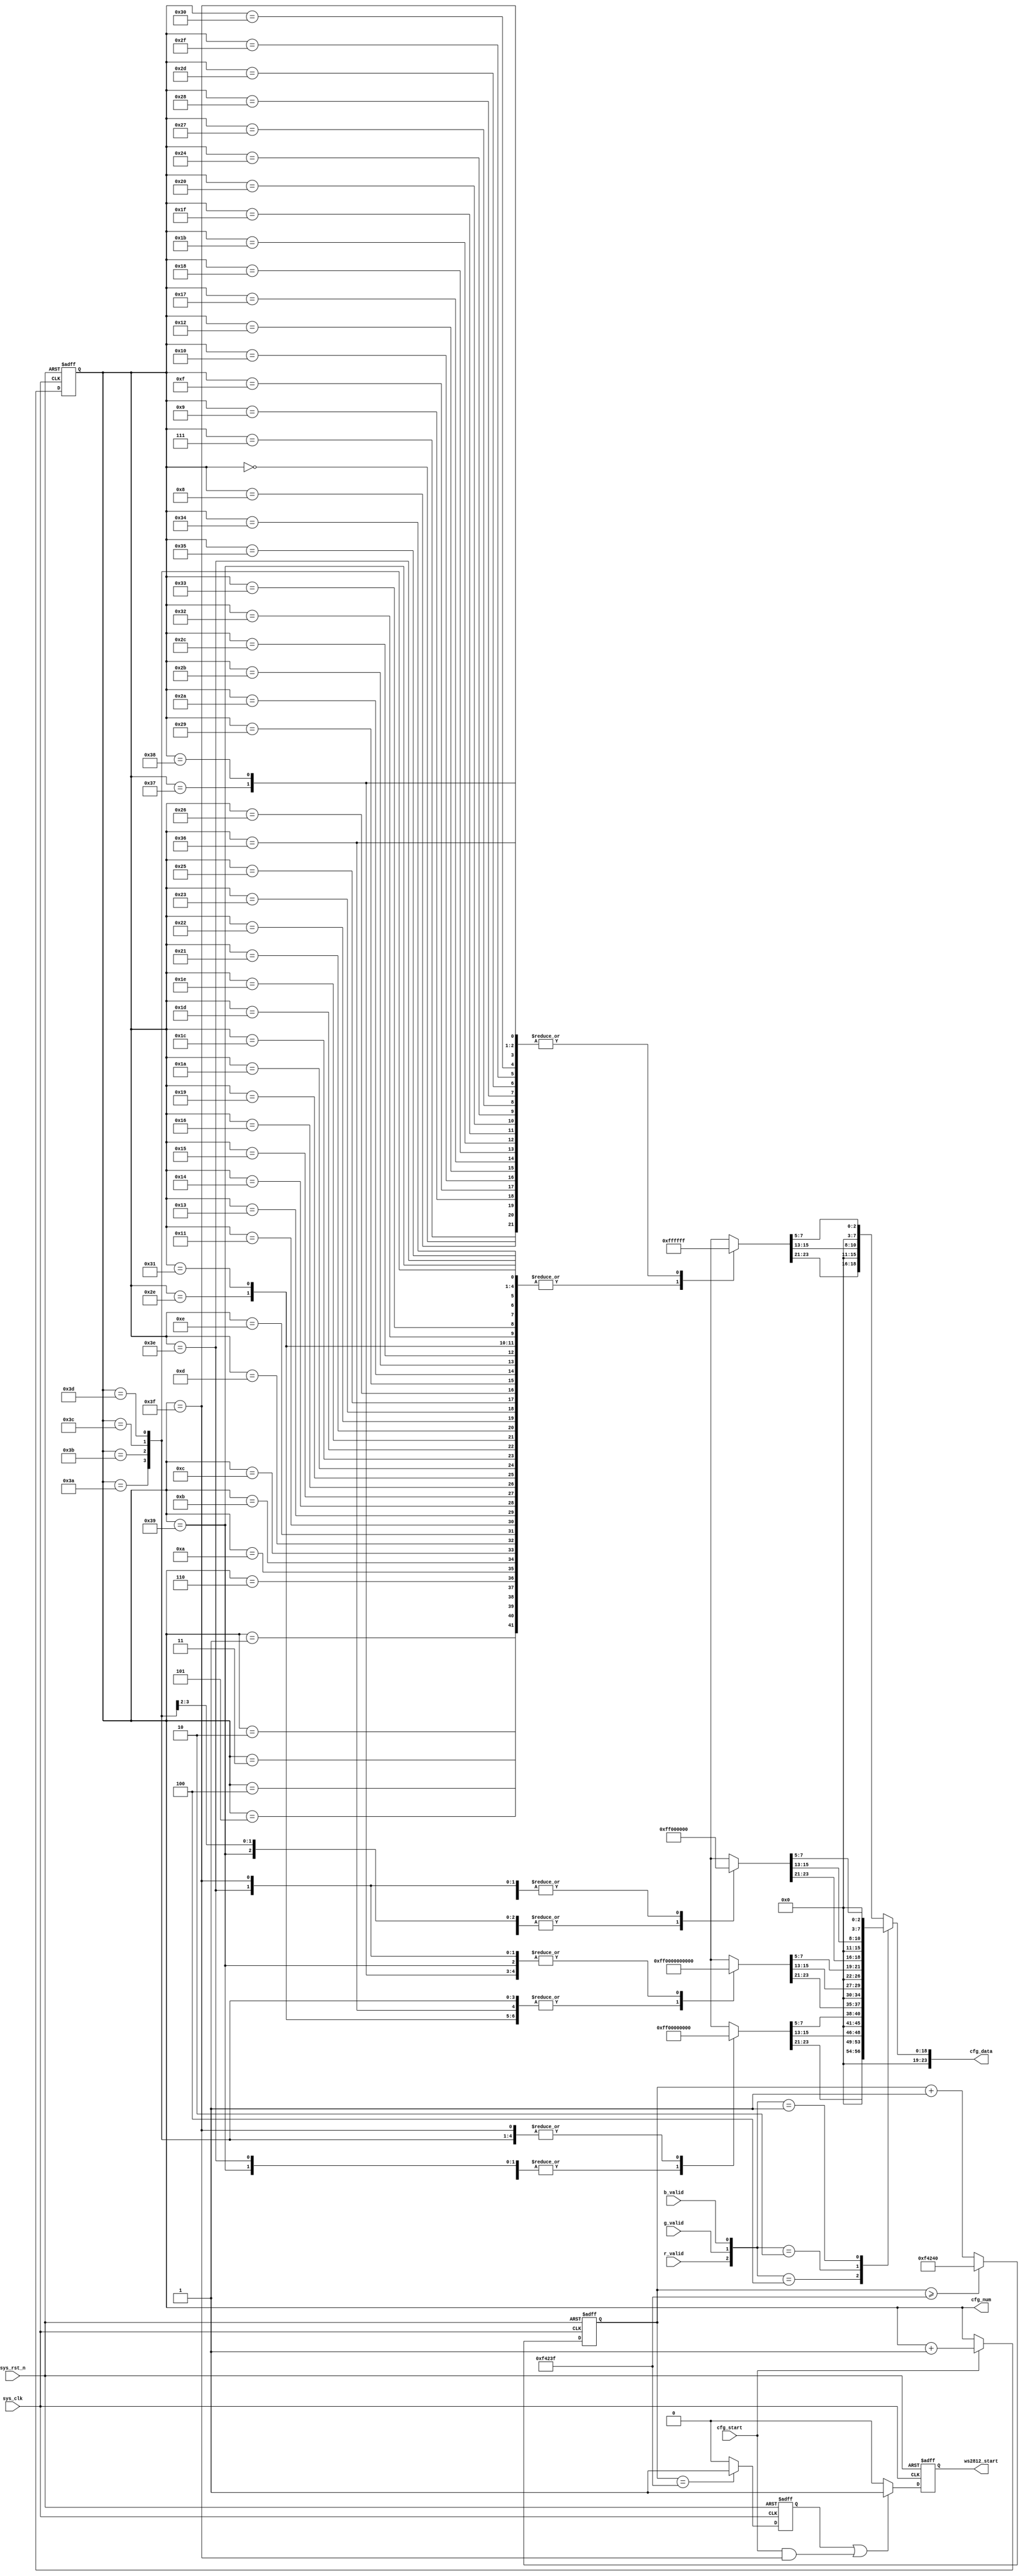
module  ws2812_cfg_ctrl
(
	input	wire			sys_clk			,
	input	wire			sys_rst_n		,
	input	wire			cfg_start		,	//
	input	wire			r_valid			,	//
	input	wire			g_valid			,	//
	input	wire			b_valid			,	//
	
	output	reg				ws2812_start	,	//
	output	reg		[5:0]	cfg_num			,	//8x864-1
	output	reg		[23:0]	cfg_data			//
);

localparam	CNT_WAIT_MAX  =  20'd1_000_000  ;	//20ms

wire	[23:0]	data_none[63:0]	;	//N
wire	[23:0]	data_r[63:0]	;	//R
wire	[23:0]	data_g[63:0]	;	//G
wire	[23:0]	data_b[63:0]	;	//B
reg		[19:0]	cnt_wait  ;			//20ms
reg				start_en  ;			//

always@(posedge sys_clk or negedge sys_rst_n)
	if(sys_rst_n == 1'b0)
		cnt_wait  <=  20'd0  ;
	else  if(cnt_wait >= CNT_WAIT_MAX - 1'b1)
		cnt_wait  <=  CNT_WAIT_MAX  ;
	else
		cnt_wait  <=  cnt_wait + 1'b1  ;
		
always@(posedge sys_clk or negedge sys_rst_n)
	if(sys_rst_n == 1'b0)
		start_en  <=  1'b0  ;
	else  if(cnt_wait == CNT_WAIT_MAX - 1'b1)
		start_en  <=  1'b1  ;
	else
		start_en  <=  1'b0  ;
		
always@(posedge sys_clk or negedge sys_rst_n)
	if(sys_rst_n == 1'b0)
		ws2812_start  <=  1'b0  ;
	else  if((start_en == 1'b1)||((cfg_start == 1'b1)&&(cfg_num == 6'd63)))
		ws2812_start  <=  1'b1  ;
	else
		ws2812_start  <=  1'b0  ;
		
always@(posedge sys_clk or negedge sys_rst_n)
	if(sys_rst_n == 1'b0)
		cfg_num  <=  6'd0  ;
	else  if(cfg_start == 1'b1)
		cfg_num  <=  cfg_num + 1'b1  ;
	else
		cfg_num  <=  cfg_num  ;

//
//r_validR
//g_valid"G"
//b_valid"B"
//"N"	
//RGB5
always@(*)
	case({r_valid,g_valid,b_valid})
		3'b100	:	cfg_data  =  {(data_r[cfg_num][23:16] >> 5),(data_r[cfg_num][15:8] >> 5),(data_r[cfg_num][7:0] >> 5)}  ;
		3'b010	:	cfg_data  =  {(data_g[cfg_num][23:16] >> 5),(data_g[cfg_num][15:8] >> 5),(data_g[cfg_num][7:0] >> 5)}  ;
		3'b001	:	cfg_data  =  {(data_b[cfg_num][23:16] >> 5),(data_b[cfg_num][15:8] >> 5),(data_b[cfg_num][7:0] >> 5)}  ;		
		default	:	cfg_data  =  {(data_none[cfg_num][23:16] >> 5),(data_none[cfg_num][15:8] >> 5),(data_none[cfg_num][7:0] >> 5)}  ;
	endcase
		
//N
assign  data_none[00]  =  {8'hff,8'hff,8'hff}  ;
assign  data_none[01]  =  {8'h00,8'h00,8'h00}  ;
assign  data_none[02]  =  {8'h00,8'h00,8'h00}  ;
assign  data_none[03]  =  {8'h00,8'h00,8'h00}  ;	
assign  data_none[04]  =  {8'h00,8'h00,8'h00}  ;
assign  data_none[05]  =  {8'h00,8'h00,8'h00}  ;
assign  data_none[06]  =  {8'h00,8'h00,8'h00}  ;
assign  data_none[07]  =  {8'hff,8'hff,8'hff}  ;	
assign  data_none[08]  =  {8'hff,8'hff,8'hff}  ;
assign  data_none[09]  =  {8'hff,8'hff,8'hff}  ;
assign  data_none[10]  =  {8'h00,8'h00,8'h00}  ;
assign  data_none[11]  =  {8'h00,8'h00,8'h00}  ;	
assign  data_none[12]  =  {8'h00,8'h00,8'h00}  ;
assign  data_none[13]  =  {8'h00,8'h00,8'h00}  ;
assign  data_none[14]  =  {8'h00,8'h00,8'h00}  ;
assign  data_none[15]  =  {8'hff,8'hff,8'hff}  ;
assign  data_none[16]  =  {8'hff,8'hff,8'hff}  ;
assign  data_none[17]  =  {8'h00,8'h00,8'h00}  ;
assign  data_none[18]  =  {8'hff,8'hff,8'hff}  ;
assign  data_none[19]  =  {8'h00,8'h00,8'h00}  ;	
assign  data_none[20]  =  {8'h00,8'h00,8'h00}  ;
assign  data_none[21]  =  {8'h00,8'h00,8'h00}  ;
assign  data_none[22]  =  {8'h00,8'h00,8'h00}  ;
assign  data_none[23]  =  {8'hff,8'hff,8'hff}  ;	
assign  data_none[24]  =  {8'hff,8'hff,8'hff}  ;
assign  data_none[25]  =  {8'h00,8'h00,8'h00}  ;
assign  data_none[26]  =  {8'h00,8'h00,8'h00}  ;
assign  data_none[27]  =  {8'hff,8'hff,8'hff}  ;	
assign  data_none[28]  =  {8'h00,8'h00,8'h00}  ;
assign  data_none[29]  =  {8'h00,8'h00,8'h00}  ;
assign  data_none[30]  =  {8'h00,8'h00,8'h00}  ;
assign  data_none[31]  =  {8'hff,8'hff,8'hff}  ;
assign  data_none[32]  =  {8'hff,8'hff,8'hff}  ;
assign  data_none[33]  =  {8'h00,8'h00,8'h00}  ;
assign  data_none[34]  =  {8'h00,8'h00,8'h00}  ;
assign  data_none[35]  =  {8'h00,8'h00,8'h00}  ;	
assign  data_none[36]  =  {8'hff,8'hff,8'hff}  ;
assign  data_none[37]  =  {8'h00,8'h00,8'h00}  ;
assign  data_none[38]  =  {8'h00,8'h00,8'h00}  ;
assign  data_none[39]  =  {8'hff,8'hff,8'hff}  ;	
assign  data_none[40]  =  {8'hff,8'hff,8'hff}  ;
assign  data_none[41]  =  {8'h00,8'h00,8'h00}  ;
assign  data_none[42]  =  {8'h00,8'h00,8'h00}  ;
assign  data_none[43]  =  {8'h00,8'h00,8'h00}  ;	
assign  data_none[44]  =  {8'h00,8'h00,8'h00}  ;
assign  data_none[45]  =  {8'hff,8'hff,8'hff}  ;
assign  data_none[46]  =  {8'h00,8'h00,8'h00}  ;
assign  data_none[47]  =  {8'hff,8'hff,8'hff}  ;
assign  data_none[48]  =  {8'hff,8'hff,8'hff}  ;
assign  data_none[49]  =  {8'h00,8'h00,8'h00}  ;
assign  data_none[50]  =  {8'h00,8'h00,8'h00}  ;
assign  data_none[51]  =  {8'h00,8'h00,8'h00}  ;	
assign  data_none[52]  =  {8'h00,8'h00,8'h00}  ;
assign  data_none[53]  =  {8'h00,8'h00,8'h00}  ;
assign  data_none[54]  =  {8'hff,8'hff,8'hff}  ;
assign  data_none[55]  =  {8'hff,8'hff,8'hff}  ;	
assign  data_none[56]  =  {8'hff,8'hff,8'hff}  ;
assign  data_none[57]  =  {8'h00,8'h00,8'h00}  ;
assign  data_none[58]  =  {8'h00,8'h00,8'h00}  ;
assign  data_none[59]  =  {8'h00,8'h00,8'h00}  ;	
assign  data_none[60]  =  {8'h00,8'h00,8'h00}  ;
assign  data_none[61]  =  {8'h00,8'h00,8'h00}  ;
assign  data_none[62]  =  {8'h00,8'h00,8'h00}  ;
assign  data_none[63]  =  {8'hff,8'hff,8'hff}  ;
//R
assign  data_r[00]  =  {8'h00,8'h00,8'h00}  ;
assign  data_r[01]  =  {8'h00,8'hff,8'h00}  ;
assign  data_r[02]  =  {8'h00,8'hff,8'h00}  ;
assign  data_r[03]  =  {8'h00,8'hff,8'h00}  ;
assign  data_r[04]  =  {8'h00,8'hff,8'h00}  ;
assign  data_r[05]  =  {8'h00,8'hff,8'h00}  ;
assign  data_r[06]  =  {8'h00,8'h00,8'h00}  ;
assign  data_r[07]  =  {8'h00,8'h00,8'h00}  ;
assign  data_r[08]  =  {8'h00,8'h00,8'h00}  ;
assign  data_r[09]  =  {8'h00,8'hff,8'h00}  ;
assign  data_r[10]  =  {8'h00,8'h00,8'h00}  ;
assign  data_r[11]  =  {8'h00,8'h00,8'h00}  ;
assign  data_r[12]  =  {8'h00,8'h00,8'h00}  ;
assign  data_r[13]  =  {8'h00,8'h00,8'h00}  ;
assign  data_r[14]  =  {8'h00,8'hff,8'h00}  ;
assign  data_r[15]  =  {8'h00,8'h00,8'h00}  ;
assign  data_r[16]  =  {8'h00,8'h00,8'h00}  ;
assign  data_r[17]  =  {8'h00,8'hff,8'h00}  ;
assign  data_r[18]  =  {8'h00,8'h00,8'h00}  ;
assign  data_r[19]  =  {8'h00,8'h00,8'h00}  ;
assign  data_r[20]  =  {8'h00,8'h00,8'h00}  ;
assign  data_r[21]  =  {8'h00,8'h00,8'h00}  ;
assign  data_r[22]  =  {8'h00,8'hff,8'h00}  ;
assign  data_r[23]  =  {8'h00,8'h00,8'h00}  ;
assign  data_r[24]  =  {8'h00,8'h00,8'h00}  ;
assign  data_r[25]  =  {8'h00,8'hff,8'h00}  ;
assign  data_r[26]  =  {8'h00,8'hff,8'h00}  ;
assign  data_r[27]  =  {8'h00,8'hff,8'h00}  ;
assign  data_r[28]  =  {8'h00,8'hff,8'h00}  ;
assign  data_r[29]  =  {8'h00,8'hff,8'h00}  ;
assign  data_r[30]  =  {8'h00,8'h00,8'h00}  ;
assign  data_r[31]  =  {8'h00,8'h00,8'h00}  ;
assign  data_r[32]  =  {8'h00,8'h00,8'h00}  ;
assign  data_r[33]  =  {8'h00,8'hff,8'h00}  ;
assign  data_r[34]  =  {8'h00,8'h00,8'h00}  ;
assign  data_r[35]  =  {8'h00,8'hff,8'h00}  ;
assign  data_r[36]  =  {8'h00,8'h00,8'h00}  ;
assign  data_r[37]  =  {8'h00,8'h00,8'h00}  ;
assign  data_r[38]  =  {8'h00,8'h00,8'h00}  ;
assign  data_r[39]  =  {8'h00,8'h00,8'h00}  ;
assign  data_r[40]  =  {8'h00,8'h00,8'h00}  ;
assign  data_r[41]  =  {8'h00,8'hff,8'h00}  ;
assign  data_r[42]  =  {8'h00,8'h00,8'h00}  ;
assign  data_r[43]  =  {8'h00,8'h00,8'h00}  ;
assign  data_r[44]  =  {8'h00,8'hff,8'h00}  ;
assign  data_r[45]  =  {8'h00,8'h00,8'h00}  ;
assign  data_r[46]  =  {8'h00,8'h00,8'h00}  ;
assign  data_r[47]  =  {8'h00,8'h00,8'h00}  ;
assign  data_r[48]  =  {8'h00,8'h00,8'h00}  ;
assign  data_r[49]  =  {8'h00,8'hff,8'h00}  ;
assign  data_r[50]  =  {8'h00,8'h00,8'h00}  ;
assign  data_r[51]  =  {8'h00,8'h00,8'h00}  ;
assign  data_r[52]  =  {8'h00,8'h00,8'h00}  ;
assign  data_r[53]  =  {8'h00,8'hff,8'h00}  ;
assign  data_r[54]  =  {8'h00,8'h00,8'h00}  ;
assign  data_r[55]  =  {8'h00,8'h00,8'h00}  ;
assign  data_r[56]  =  {8'h00,8'h00,8'h00}  ;
assign  data_r[57]  =  {8'h00,8'hff,8'h00}  ;
assign  data_r[58]  =  {8'h00,8'h00,8'h00}  ;
assign  data_r[59]  =  {8'h00,8'h00,8'h00}  ;
assign  data_r[60]  =  {8'h00,8'h00,8'h00}  ;
assign  data_r[61]  =  {8'h00,8'h00,8'h00}  ;
assign  data_r[62]  =  {8'h00,8'hff,8'h00}  ;
assign  data_r[63]  =  {8'h00,8'h00,8'h00}  ;
//G
assign  data_g[00]  =  {8'h00,8'h00,8'h00}  ;
assign  data_g[01]  =  {8'hff,8'h00,8'h00}  ;
assign  data_g[02]  =  {8'hff,8'h00,8'h00}  ;
assign  data_g[03]  =  {8'hff,8'h00,8'h00}  ;
assign  data_g[04]  =  {8'hff,8'h00,8'h00}  ;
assign  data_g[05]  =  {8'hff,8'h00,8'h00}  ;
assign  data_g[06]  =  {8'h00,8'h00,8'h00}  ;
assign  data_g[07]  =  {8'h00,8'h00,8'h00}  ;
assign  data_g[08]  =  {8'hff,8'h00,8'h00}  ;
assign  data_g[09]  =  {8'h00,8'h00,8'h00}  ;
assign  data_g[10]  =  {8'h00,8'h00,8'h00}  ;
assign  data_g[11]  =  {8'h00,8'h00,8'h00}  ;
assign  data_g[12]  =  {8'h00,8'h00,8'h00}  ;
assign  data_g[13]  =  {8'h00,8'h00,8'h00}  ;
assign  data_g[14]  =  {8'hff,8'h00,8'h00}  ;
assign  data_g[15]  =  {8'h00,8'h00,8'h00}  ;
assign  data_g[16]  =  {8'hff,8'h00,8'h00}  ;
assign  data_g[17]  =  {8'h00,8'h00,8'h00}  ;
assign  data_g[18]  =  {8'h00,8'h00,8'h00}  ;
assign  data_g[19]  =  {8'h00,8'h00,8'h00}  ;
assign  data_g[20]  =  {8'h00,8'h00,8'h00}  ;
assign  data_g[21]  =  {8'h00,8'h00,8'h00}  ;
assign  data_g[22]  =  {8'h00,8'h00,8'h00}  ;
assign  data_g[23]  =  {8'h00,8'h00,8'h00}  ;
assign  data_g[24]  =  {8'hff,8'h00,8'h00}  ;
assign  data_g[25]  =  {8'h00,8'h00,8'h00}  ;
assign  data_g[26]  =  {8'h00,8'h00,8'h00}  ;
assign  data_g[27]  =  {8'h00,8'h00,8'h00}  ;
assign  data_g[28]  =  {8'h00,8'h00,8'h00}  ;
assign  data_g[29]  =  {8'h00,8'h00,8'h00}  ;
assign  data_g[30]  =  {8'h00,8'h00,8'h00}  ;
assign  data_g[31]  =  {8'h00,8'h00,8'h00}  ;
assign  data_g[32]  =  {8'hff,8'h00,8'h00}  ;
assign  data_g[33]  =  {8'h00,8'h00,8'h00}  ;
assign  data_g[34]  =  {8'h00,8'h00,8'h00}  ;
assign  data_g[35]  =  {8'h00,8'h00,8'h00}  ;
assign  data_g[36]  =  {8'hff,8'h00,8'h00}  ;
assign  data_g[37]  =  {8'hff,8'h00,8'h00}  ;
assign  data_g[38]  =  {8'hff,8'h00,8'h00}  ;
assign  data_g[39]  =  {8'h00,8'h00,8'h00}  ;
assign  data_g[40]  =  {8'hff,8'h00,8'h00}  ;
assign  data_g[41]  =  {8'h00,8'h00,8'h00}  ;
assign  data_g[42]  =  {8'h00,8'h00,8'h00}  ;
assign  data_g[43]  =  {8'h00,8'h00,8'h00}  ;
assign  data_g[44]  =  {8'h00,8'h00,8'h00}  ;
assign  data_g[45]  =  {8'h00,8'h00,8'h00}  ;
assign  data_g[46]  =  {8'hff,8'h00,8'h00}  ;
assign  data_g[47]  =  {8'h00,8'h00,8'h00}  ;
assign  data_g[48]  =  {8'h00,8'h00,8'h00}  ;
assign  data_g[49]  =  {8'hff,8'h00,8'h00}  ;
assign  data_g[50]  =  {8'h00,8'h00,8'h00}  ;
assign  data_g[51]  =  {8'h00,8'h00,8'h00}  ;
assign  data_g[52]  =  {8'h00,8'h00,8'h00}  ;
assign  data_g[53]  =  {8'h00,8'h00,8'h00}  ;
assign  data_g[54]  =  {8'hff,8'h00,8'h00}  ;
assign  data_g[55]  =  {8'h00,8'h00,8'h00}  ;
assign  data_g[56]  =  {8'h00,8'h00,8'h00}  ;
assign  data_g[57]  =  {8'h00,8'h00,8'h00}  ;
assign  data_g[58]  =  {8'hff,8'h00,8'h00}  ;
assign  data_g[59]  =  {8'hff,8'h00,8'h00}  ;
assign  data_g[60]  =  {8'hff,8'h00,8'h00}  ;
assign  data_g[61]  =  {8'hff,8'h00,8'h00}  ;
assign  data_g[62]  =  {8'h00,8'h00,8'h00}  ;
assign  data_g[63]  =  {8'h00,8'h00,8'h00}  ;
//B
assign  data_b[00]  =  {8'h00,8'h00,8'hff}  ;
assign  data_b[01]  =  {8'h00,8'h00,8'hff}  ;
assign  data_b[02]  =  {8'h00,8'h00,8'hff}  ;
assign  data_b[03]  =  {8'h00,8'h00,8'hff}  ;
assign  data_b[04]  =  {8'h00,8'h00,8'h00}  ;
assign  data_b[05]  =  {8'h00,8'h00,8'h00}  ;
assign  data_b[06]  =  {8'h00,8'h00,8'h00}  ;
assign  data_b[07]  =  {8'h00,8'h00,8'h00}  ;
assign  data_b[08]  =  {8'h00,8'h00,8'hff}  ;
assign  data_b[09]  =  {8'h00,8'h00,8'h00}  ;
assign  data_b[10]  =  {8'h00,8'h00,8'h00}  ;
assign  data_b[11]  =  {8'h00,8'h00,8'h00}  ;
assign  data_b[12]  =  {8'h00,8'h00,8'hff}  ;
assign  data_b[13]  =  {8'h00,8'h00,8'h00}  ;
assign  data_b[14]  =  {8'h00,8'h00,8'h00}  ;
assign  data_b[15]  =  {8'h00,8'h00,8'h00}  ;
assign  data_b[16]  =  {8'h00,8'h00,8'hff}  ;
assign  data_b[17]  =  {8'h00,8'h00,8'h00}  ;
assign  data_b[18]  =  {8'h00,8'h00,8'h00}  ;
assign  data_b[19]  =  {8'h00,8'h00,8'h00}  ;
assign  data_b[20]  =  {8'h00,8'h00,8'hff}  ;
assign  data_b[21]  =  {8'h00,8'h00,8'h00}  ;
assign  data_b[22]  =  {8'h00,8'h00,8'h00}  ;
assign  data_b[23]  =  {8'h00,8'h00,8'h00}  ;
assign  data_b[24]  =  {8'h00,8'h00,8'hff}  ;
assign  data_b[25]  =  {8'h00,8'h00,8'hff}  ;
assign  data_b[26]  =  {8'h00,8'h00,8'hff}  ;
assign  data_b[27]  =  {8'h00,8'h00,8'hff}  ;
assign  data_b[28]  =  {8'h00,8'h00,8'h00}  ;
assign  data_b[29]  =  {8'h00,8'h00,8'h00}  ;
assign  data_b[30]  =  {8'h00,8'h00,8'h00}  ;
assign  data_b[31]  =  {8'h00,8'h00,8'h00}  ;
assign  data_b[32]  =  {8'h00,8'h00,8'hff}  ;
assign  data_b[33]  =  {8'h00,8'h00,8'h00}  ;
assign  data_b[34]  =  {8'h00,8'h00,8'h00}  ;
assign  data_b[35]  =  {8'h00,8'h00,8'h00}  ;
assign  data_b[36]  =  {8'h00,8'h00,8'hff}  ;
assign  data_b[37]  =  {8'h00,8'h00,8'h00}  ;
assign  data_b[38]  =  {8'h00,8'h00,8'h00}  ;
assign  data_b[39]  =  {8'h00,8'h00,8'h00}  ;
assign  data_b[40]  =  {8'h00,8'h00,8'hff}  ;
assign  data_b[41]  =  {8'h00,8'h00,8'h00}  ;
assign  data_b[42]  =  {8'h00,8'h00,8'h00}  ;
assign  data_b[43]  =  {8'h00,8'h00,8'h00}  ;
assign  data_b[44]  =  {8'h00,8'h00,8'hff}  ;
assign  data_b[45]  =  {8'h00,8'h00,8'h00}  ;
assign  data_b[46]  =  {8'h00,8'h00,8'h00}  ;
assign  data_b[47]  =  {8'h00,8'h00,8'h00}  ;
assign  data_b[48]  =  {8'h00,8'h00,8'hff}  ;
assign  data_b[49]  =  {8'h00,8'h00,8'h00}  ;
assign  data_b[50]  =  {8'h00,8'h00,8'h00}  ;
assign  data_b[51]  =  {8'h00,8'h00,8'h00}  ;
assign  data_b[52]  =  {8'h00,8'h00,8'hff}  ;
assign  data_b[53]  =  {8'h00,8'h00,8'h00}  ;
assign  data_b[54]  =  {8'h00,8'h00,8'h00}  ;
assign  data_b[55]  =  {8'h00,8'h00,8'h00}  ;
assign  data_b[56]  =  {8'h00,8'h00,8'h00}  ;
assign  data_b[57]  =  {8'h00,8'h00,8'hff}  ;
assign  data_b[58]  =  {8'h00,8'h00,8'hff}  ;
assign  data_b[59]  =  {8'h00,8'h00,8'hff}  ;
assign  data_b[60]  =  {8'h00,8'h00,8'h00}  ;
assign  data_b[61]  =  {8'h00,8'h00,8'h00}  ;
assign  data_b[62]  =  {8'h00,8'h00,8'h00}  ;
assign  data_b[63]  =  {8'h00,8'h00,8'h00}  ;

endmodule